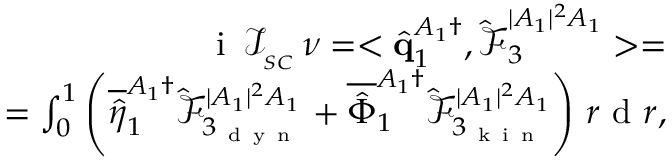
\begin{array} { r } { \mathrm { ~ i ~ } \, \mathcal { I } _ { _ { S C } } \, \nu = < \hat { \mathbf { q } } _ { 1 } ^ { A _ { 1 } \dagger } , \boldsymbol { \hat { \mathcal { F } } } _ { 3 } ^ { | A _ { 1 } | ^ { 2 } A _ { 1 } } > = } \\ { = \int _ { 0 } ^ { 1 } \left( \overline { { \hat { \eta } } } _ { 1 } ^ { A _ { 1 } \dagger } \hat { \mathcal { F } } _ { 3 _ { \mathrm { ~ d ~ y ~ n ~ } } } ^ { | A _ { 1 } | ^ { 2 } A _ { 1 } } + \overline { { \hat { \Phi } } } _ { 1 } ^ { A _ { 1 } \dagger } \hat { \mathcal { F } } _ { 3 _ { \mathrm { ~ k ~ i ~ n ~ } } } ^ { | A _ { 1 } | ^ { 2 } A _ { 1 } } \right) \, r \mathrm { ~ d ~ } r , } \end{array}